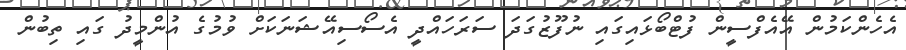
އެހެންކަމުން އޭއެފްސީން ފުޓްބޯޅައިގައި ނުފޫޒުގަދަ ސަރަހައްދީ އެސޯސިއޭޝަނަކަށް ވުމުގެ އުންމީދު ގައި ތިބުން